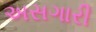
અસગારી